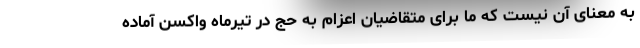
به معنای آن نیست که ما برای متقاضیان اعزام به حج در تیرماه واکسن آماده